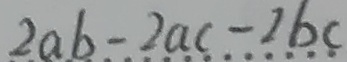
2 a b - 2 a c - 2 b c